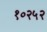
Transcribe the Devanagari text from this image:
१०२५२